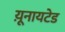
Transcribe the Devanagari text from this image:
य़ूनायटेड